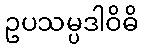
ဥပသမ္ပဒါဝိဓိ